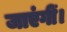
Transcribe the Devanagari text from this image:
जाएंगीं।